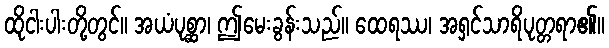
ထိုငါးပါးတို့တွင်။ အယံပုစ္ဆာ၊ ဤမေးခွန်းသည်။ ထေရဿ၊ အရှင်သာရိပုတ္တရာ၏။